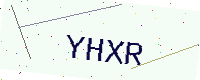
Text: YHXR